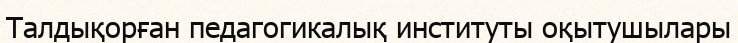
Талдықорған педагогикалық институты оқытушылары